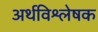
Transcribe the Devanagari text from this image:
अर्थविश्लेषक